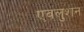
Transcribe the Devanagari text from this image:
एवलुशन